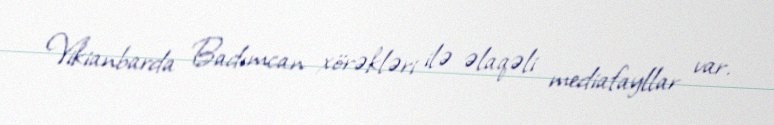
Vikianbarda Badımcan xörəkləri ilə əlaqəli mediafayllar var.